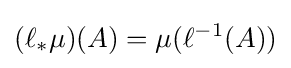
(\ell _{\ast }\mu )(A)=\mu (\ell ^{-1}(A))